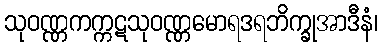
သုဝဏ္ဏကက္ကဋသုဝဏ္ဏမောရဒရဘိက္ခုအာဒီနံ၊